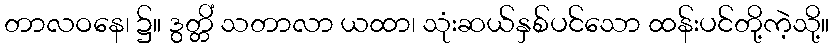
တာလဝနေ၊ ၌။ ဒွတ္တိံ သတာလာ ယထာ၊ သုံးဆယ်နှစ်ပင်သော ထန်းပင်တို့ကဲ့သို့။